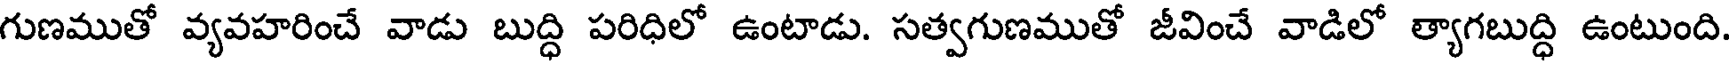
గుణముతో వ్యవహరించే వాడు బుద్ధి పరిధిలో ఉంటాడు. సత్వగుణముతో జీవించే వాడిలో త్యాగబుద్ధి ఉంటుంది